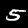
Digit: 5